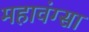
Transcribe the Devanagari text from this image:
महावंग्सा